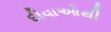
દીવાઓથી